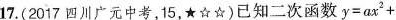
17.(2017四川广元中考，15，★☆☆)已知二次函数$$y=ax^2+$$